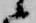
候